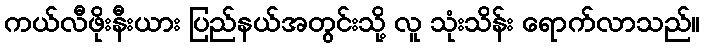
ကယ်လီဖိုးနီးယား ပြည်နယ်အတွင်းသို့ လူ သုံးသိန်း ရောက်လာသည်။